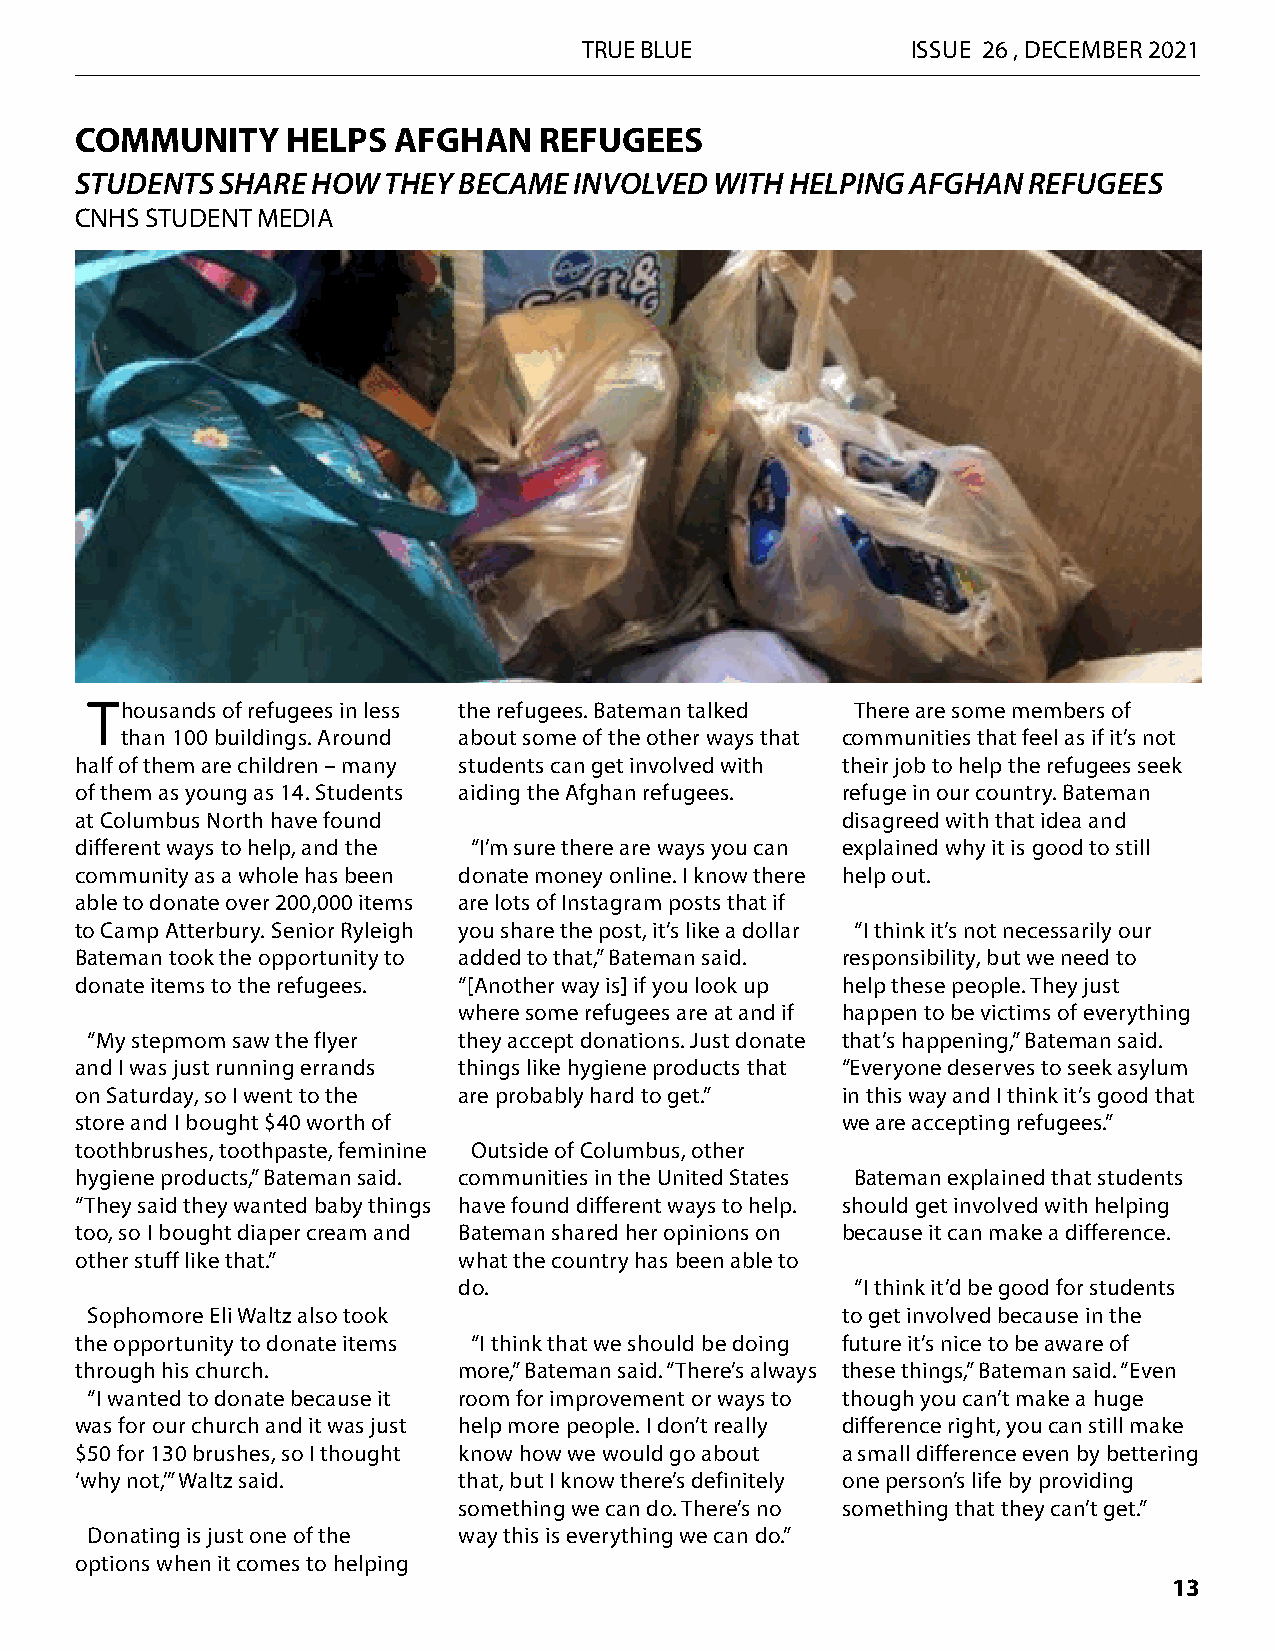
TRUE BLUE            ISSUE 26 , DECEMBER 2021
 COMMUNITY     HELPS  AFGHAN    REFUGEES
 STUDENTS  SHARE HOW THEY BECAME  INVOLVED WITH HELPING AFGHAN  REFUGEES
 CNHS STUDENT MEDIA
 Thousands of refugees in less the refugees. Bateman talked There are some members of
 than 100 buildings. Around about some of the other ways that communities that feel as if it’s not
 half of them are children – many students can get involved with their job to help the refugees seek
 of them as young as 14. Students aiding the Afghan refugees. refuge in our country. Bateman
 at Columbus North have found                       disagreed with that idea and
 different ways to help, and the “I’m sure there are ways you can explained why it is good to still
 community as a whole has been donate money online. I know there help out.
 able to donate over 200,000 items are lots of Instagram posts that if
 to Camp Atterbury. Senior Ryleigh you share the post, it’s like a dollar “I think it’s not necessarily our
 Bateman took the opportunity to added to that,” Bateman said. responsibility, but we need to
 donate items to the refugees. “[Another way is] if you look up help these people. They just
 where some refugees are at and if happen to be victims of everything
 “My stepmom saw the flyer they accept donations. Just donate that’s happening,” Bateman said.
 and I was just running errands things like hygiene products that “Everyone deserves to seek asylum
 on Saturday, so I went to the are probably hard to get.” in this way and I think it’s good that
 store and I bought $40 worth of                    we are accepting refugees.”
 toothbrushes, toothpaste, feminine Outside of Columbus, other
 hygiene products,” Bateman said. communities in the United States Bateman explained that students
 “They said they wanted baby things have found different ways to help. should get involved with helping
 too, so I bought diaper cream and Bateman shared her opinions on because it can make a difference.
 other stuff like that.”  what the country has been able to
 do.                        “I think it’d be good for students
 Sophomore Eli Waltz also took                     to get involved because in the
 the opportunity to donate items “I think that we should be doing future it’s nice to be aware of
 through his church.      more,” Bateman said. “There’s always these things,” Bateman said. “Even
 “I wanted to donate because it room for improvement or ways to though you can’t make a huge
 was for our church and it was just help more people. I don’t really difference right, you can still make
 $50 for 130 brushes, so I thought know how we would go about a small difference even by bettering
 ‘why not,’” Waltz said.  that, but I know there’s definitely one person’s life by providing
 something we can do. There’s no something that they can’t get.”
 Donating is just one of the way this is everything we can do.”
 options when it comes to helping
 13